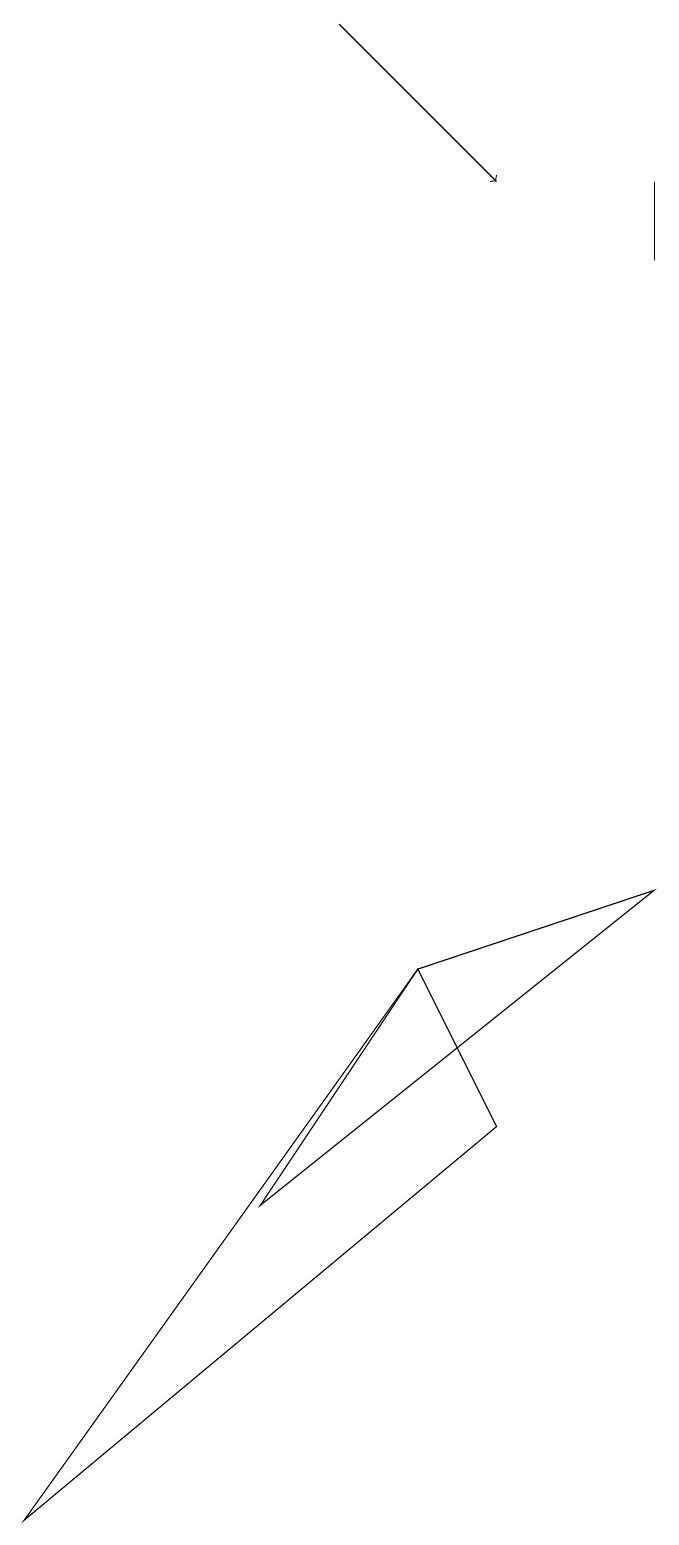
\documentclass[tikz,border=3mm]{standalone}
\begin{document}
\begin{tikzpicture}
\draw (0,0) -- (5,7) -- (6,5) -- cycle;
\draw (8,17) rectangle (8,16);
\draw (3,4) -- (5,7) -- (8,8) -- cycle;
\draw[->] (4,19) -- (6,17);
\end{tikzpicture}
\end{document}